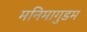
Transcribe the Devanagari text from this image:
मनिमागुडम